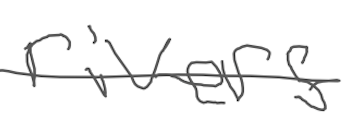
Text: rivers
Cross-out: single-line
Writing tool: digital_gray